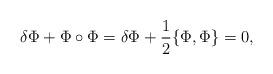
LaTeX: \begin{align*}\delta\Phi + \Phi\circ\Phi = \delta\Phi + \frac{1}{2}\{\Phi,\Phi\}=0,\end{align*}